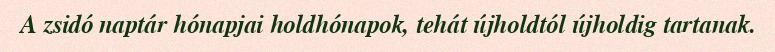
A zsidó naptár hónapjai holdhónapok, tehát újholdtól újholdig tartanak.